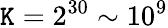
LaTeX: \mathtt{K}=2^{30}\sim10^{9}